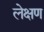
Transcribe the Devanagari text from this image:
लेक्षण